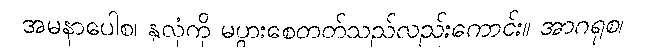
အမနာပေါစ၊ နှလုံကို မပွားစေတတ်သည်လည်းကောင်း။ အာဂရုစ၊